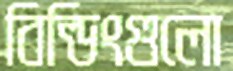
বিল্ডিংগুলো